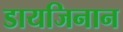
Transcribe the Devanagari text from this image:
डायजिनान